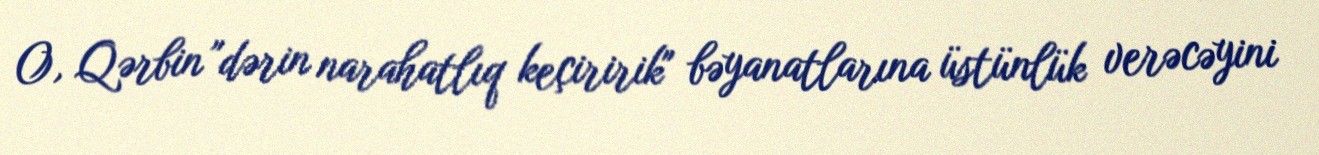
O, Qərbin "dərin narahatlıq keçiririk" bəyanatlarına üstünlük verəcəyini